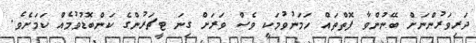
ދަރިވަރުންނަށް ބޭނުންވާ ފޮތްތައް ހަމަނުވުމަކީ ވެސް ވަރަށް ގިނަ ޓީޗަރުންގެ ކަންބޮޑުވުމެއް ކަމަށެވެ.